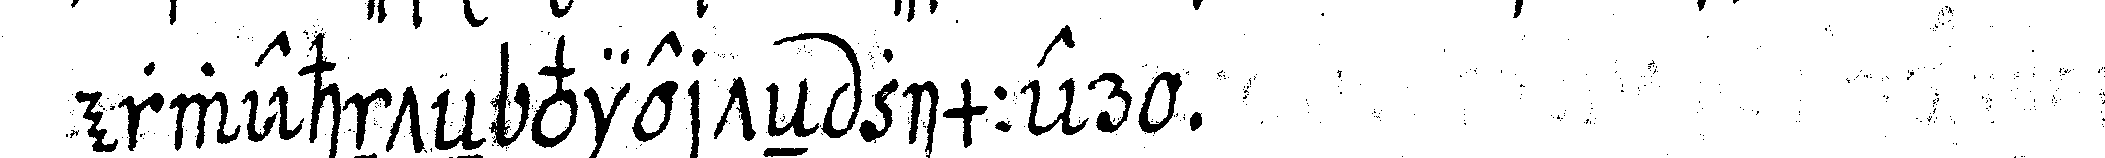
erwehnteN vierteN zimmero